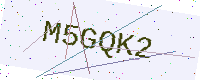
Text: M5GQK2